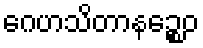
ဂေဟသိတာနဉ္စေဝ